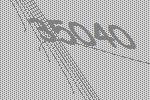
35040